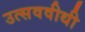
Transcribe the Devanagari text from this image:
उत्सववीथी